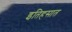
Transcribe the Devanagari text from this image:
इतिहसात